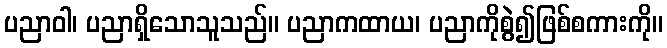
ပညာဝါ၊ ပညာရှိသောသူသည်။ ပညာကထာယ၊ ပညာကိုစွဲ၍ဖြစ်စကားကို။